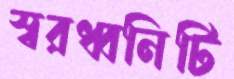
স্বরধ্বনিটি